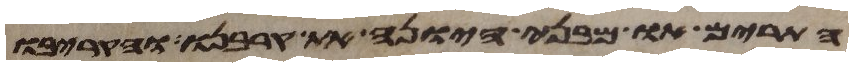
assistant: התרים או מבני היונה את קרבנו והקריבו